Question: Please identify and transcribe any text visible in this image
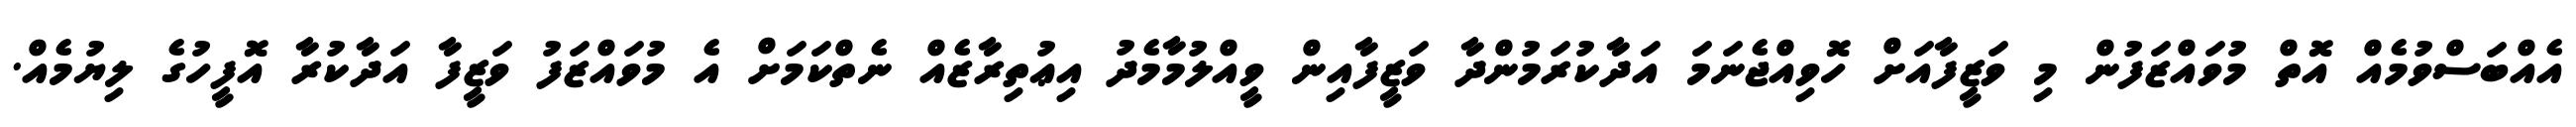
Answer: އެއްބަސްވުމެއް އޮތް މުވައްޒަފުން މި ވަޒީފާއަށް ހޮވިއްޖެނަމަ އަދާކުރަމުންދާ ވަޒީފާއިން ވީއްލުމާމެދު އިޢުތިރާޒެއް ނެތްކަމަށް އެ މުވައްޒަފު ވަޒީފާ އަދާކުރާ އޮފީހުގެ ލިޔުމެއް.